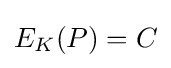
E_{K}(P)=C